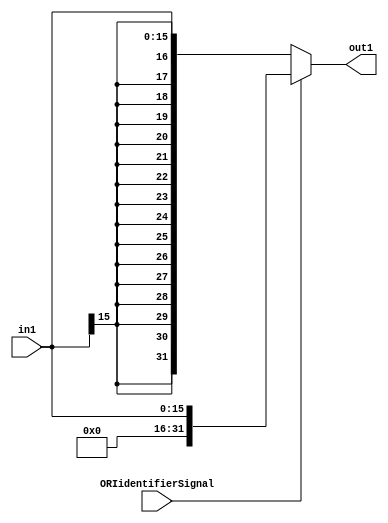
module signext(in1,out1,ORIidentifierSignal);
input [15:0] in1;
input ORIidentifierSignal;
output [31:0] out1;
assign 	 out1 = ORIidentifierSignal ? {{ 16 {1'b0}}, in1}:{{ 16 {in1[15]}}, in1};
endmodule